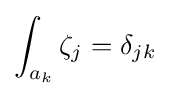
\int _{a_{k}}\zeta _{j}=\delta _{jk}